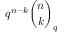
q ^ { n - k } { \binom { n } { k } } _ { q }